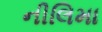
નીલિમા